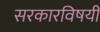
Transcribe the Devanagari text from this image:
सरकारविषयी